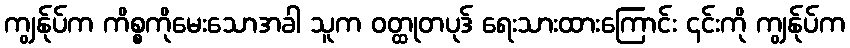
ကျွန်ုပ်က ကိစ္စကိုမေးသောအခါ သူက ဝတ္ထုတပုဒ် ရေးသားထားကြောင်း ၎င်းကို ကျွန်ုပ်က